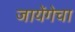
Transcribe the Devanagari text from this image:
जायेंगेचा